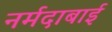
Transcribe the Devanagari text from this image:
नर्मदाबाई